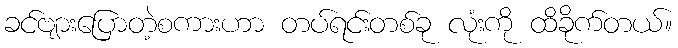
ခင်ဗျားပြောတဲ့စကားဟာ တပ်ရင်းတစ်ခု လုံးကို ထိခိုက်တယ်။